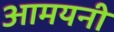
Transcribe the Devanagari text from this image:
आमयनी